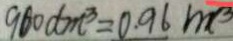
9 6 0 d m ^ { 3 } = 0 . 9 6 m ^ { 3 }